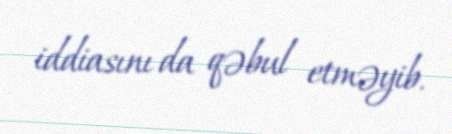
iddiasını da qəbul etməyib.